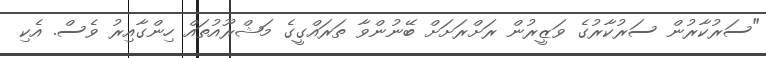
"ސަރުކާރުން ސަރުކާރުގެ ވަޒީރުން ރަށްރަށަށް ބޭނުންވާ ތަރައްގީގެ މަޝްރޫއުތައް ހިންގާއިރު ވެސް. އެކި